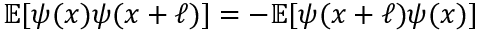
\mathbb { E } [ \psi ( x ) \psi ( x + \ell ) ] = - \mathbb { E } [ \psi ( x + \ell ) \psi ( x ) ]